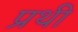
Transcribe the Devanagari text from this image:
प्रथी